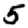
Digit: 5